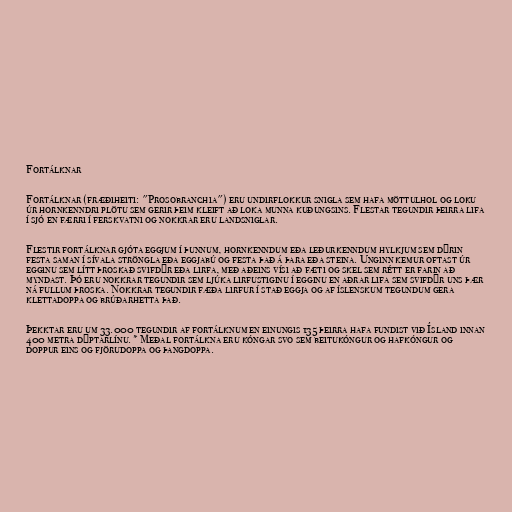
Fortálknar

Fortálknar (fræðiheiti: "Prosobranchia") eru undirflokkur snigla sem hafa möttulhol og loku
úr hornkenndri plötu sem gerir þeim kleift að loka munna kuðungsins. Flestar tegundir þeirra lifa
í sjó en færri í ferskvatni og nokkrar eru landsniglar.

Flestir fortálknar gjóta eggjum í þunnum, hornkenndum eða leðurkenndum hylkjum sem dýrin
festa saman í sívala ströngla eða eggjabú og festa það á þara eða steina. Unginn kemur oftast úr
egginu sem lítt þroskað svifdýr eða lirfa, með aðeins vísi að fæti og skel sem rétt er farin að
myndast. Þó eru nokkrar tegundir sem ljúka lirfustiginu í egginu en aðrar lifa sem svifdýr uns þær
ná fullum þroska. Nokkrar tegundir fæða lirfur í stað eggja og af íslenskum tegundum gera
klettadoppa og brúðarhetta það.

Þekktar eru um 33.000 tegundir af fortálknum en einungis 135 þeirra hafa fundist við Ísland innan
400 metra dýptarlínu.* Meðal fortálkna eru kóngar svo sem beitukóngur og hafkóngur og
doppur eins og fjörudoppa og þangdoppa.